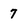
Character: 7